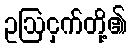
ဥဩငှက်တို့၏